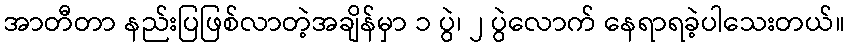
အာတီတာ နည်းပြဖြစ်လာတဲ့အချိန်မှာ ၁ ပွဲ၊ ၂ ပွဲလောက် နေရာရခဲ့ပါသေးတယ်။